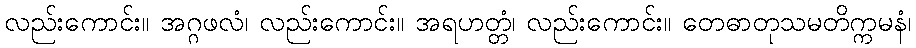
လည်းကောင်း။ အဂ္ဂဖလံ၊ လည်းကောင်း။ အရဟတ္တံ၊ လည်းကောင်း။ တေဓာတုသမတိက္ကမနံ၊